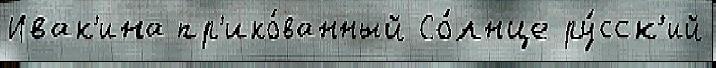
Ивак'ина пр'ико́ванный Со́лнце ру́сск'ий